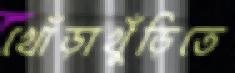
খোঁড়াখুঁড়িতে